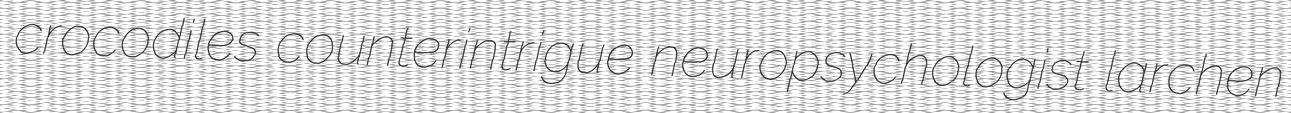
crocodiles counterintrigue neuropsychologist larchen